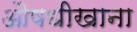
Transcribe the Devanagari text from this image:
औषधीखाना